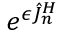
e ^ { \epsilon \hat { J } _ { n } ^ { H } }